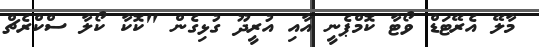
މާލޭ އެރޭޓަޑް ވޯޓާ ކޮމްޕެނީ އާއި އުރީދޫ ގުޅިގެން "ކޮކާ ކޯލާ ސްކްރެޗް